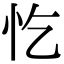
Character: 忔